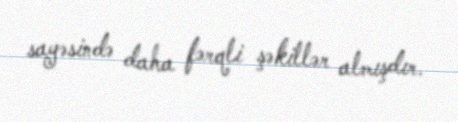
sayəsində daha fərqli şəkillər almışdır.